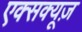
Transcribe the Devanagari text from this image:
एक्सक्यूज़